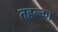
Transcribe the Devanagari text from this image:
तहल्‍का